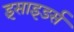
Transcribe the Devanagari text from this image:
इंसाइडर्स